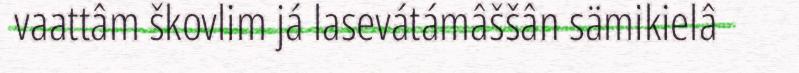
vaattâm škovlim já lasevátámâššân sämikielâ